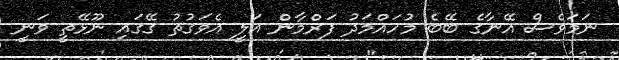
ނަމަވެސް އޭނާގެ ބޭބެ މުހައްމަދު ފަރްމާން އަލީ އެވަގުތު ގޭގައި ނޫޅޭތީ ވަނީ